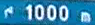
1000